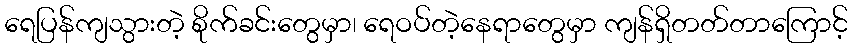
ရေပြန်ကျသွားတဲ့ စိုက်ခင်းတွေမှာ၊ ရေဝပ်တဲ့နေရာတွေမှာ ကျန်ရှိတတ်တာကြောင့်